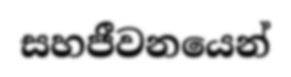
සහජීවනයෙන්